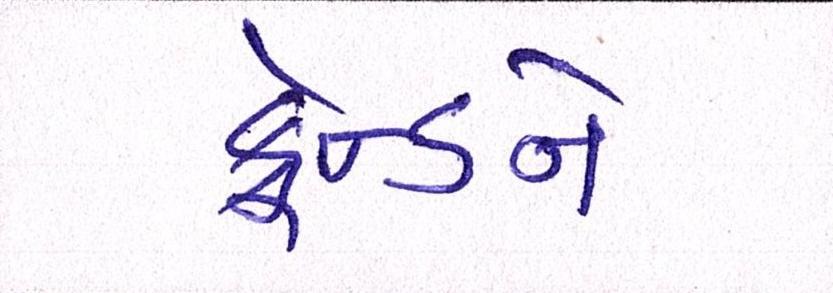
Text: ફ્રેન્ડને